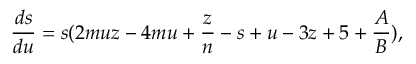
\frac { d s } { d u } = s ( 2 m u z - 4 m u + \frac { z } { n } - s + u - 3 z + 5 + \frac { A } { B } ) ,